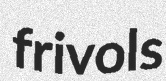
frivols